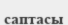
саптасы